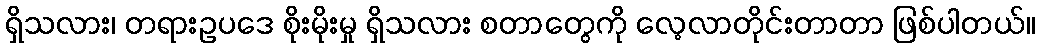
ရှိသလား၊ တရားဥပဒေ စိုးမိုးမှု ရှိသလား စတာတွေကို လေ့လာတိုင်းတာတာ ဖြစ်ပါတယ်။